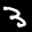
Label: 3